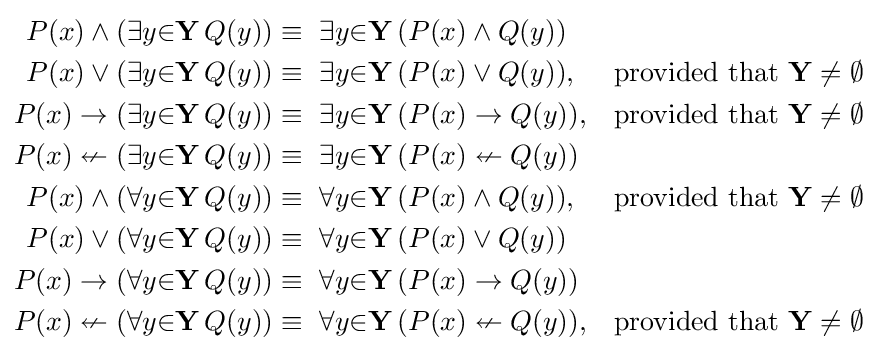
{\begin{aligned}P(x)\land (\exists {y}{\in }\mathbf {Y} \,Q(y))&\equiv \ \exists {y}{\in }\mathbf {Y} \,(P(x)\land Q(y))\\P(x)\lor (\exists {y}{\in }\mathbf {Y} \,Q(y))&\equiv \ \exists {y}{\in }\mathbf {Y} \,(P(x)\lor Q(y)),&{\text{provided that }}\mathbf {Y} \neq \emptyset \\P(x)\to (\exists {y}{\in }\mathbf {Y} \,Q(y))&\equiv \ \exists {y}{\in }\mathbf {Y} \,(P(x)\to Q(y)),&{\text{provided that }}\mathbf {Y} \neq \emptyset \\P(x)\nleftarrow (\exists {y}{\in }\mathbf {Y} \,Q(y))&\equiv \ \exists {y}{\in }\mathbf {Y} \,(P(x)\nleftarrow Q(y))\\P(x)\land (\forall {y}{\in }\mathbf {Y} \,Q(y))&\equiv \ \forall {y}{\in }\mathbf {Y} \,(P(x)\land Q(y)),&{\text{provided that }}\mathbf {Y} \neq \emptyset \\P(x)\lor (\forall {y}{\in }\mathbf {Y} \,Q(y))&\equiv \ \forall {y}{\in }\mathbf {Y} \,(P(x)\lor Q(y))\\P(x)\to (\forall {y}{\in }\mathbf {Y} \,Q(y))&\equiv \ \forall {y}{\in }\mathbf {Y} \,(P(x)\to Q(y))\\P(x)\nleftarrow (\forall {y}{\in }\mathbf {Y} \,Q(y))&\equiv \ \forall {y}{\in }\mathbf {Y} \,(P(x)\nleftarrow Q(y)),&{\text{provided that }}\mathbf {Y} \neq \emptyset \end{aligned}}